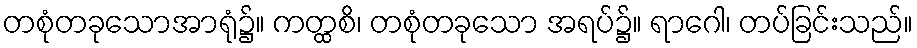
တစုံတခုသောအာရုံ၌။ ကတ္ထစိ၊ တစုံတခုသော အရပ်၌။ ရာဂေါ၊ တပ်ခြင်းသည်။